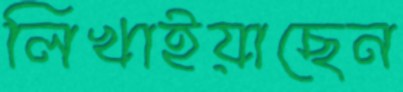
লিখাইয়াছেন